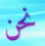
نحن